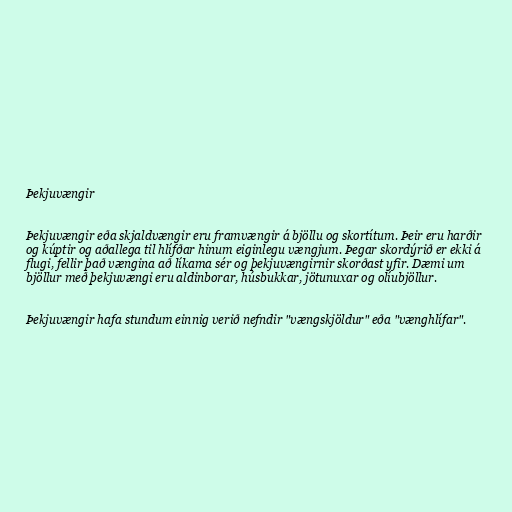
Þekjuvængir

Þekjuvængir eða skjaldvængir eru framvængir á bjöllu og skortítum. Þeir eru harðir
og kúptir og aðallega til hlífðar hinum eiginlegu vængjum. Þegar skordýrið er ekki á
flugi, fellir það vængina að líkama sér og þekjuvængirnir skorðast yfir. Dæmi um
bjöllur með þekjuvængi eru aldinborar, húsbukkar, jötunuxar og olíubjöllur.

Þekjuvængir hafa stundum einnig verið nefndir "vængskjöldur" eða "vænghlífar".